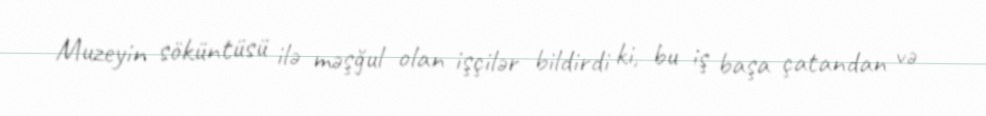
Muzeyin söküntüsü ilə məşğul olan işçilər bildirdi ki, bu iş başa çatandan və